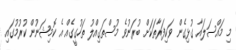
މި މައްސަލައާ ގުޅިގެން ވަކިފަރާތަކަށް ބުރަނުވެ މުސްތަގިއްލު ތަހުގީގެއް އެ ކޮމިޝަނުން ކުރުމުގައި